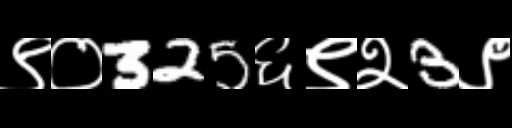
Text: ९०325६९२3९